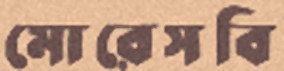
মোরেসবি